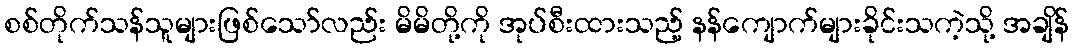
စစ်တိုက်သန်သူများဖြစ်သော်လည်း မိမိတို့ကို အုပ်စီးထားသည့် နန်ကျောက်များခိုင်းသကဲ့သို့ အချိန်